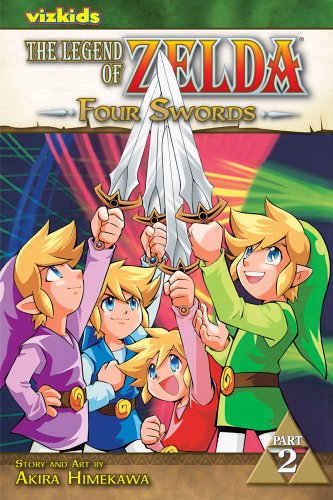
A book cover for The Legend of Zelda, Vol. 7: Four Swords, Part 2; Akira Himekawa; Comics & Graphic Novels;